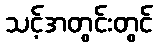
သင့်အတွင်းတွင်